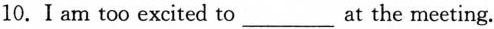
10.I am too excited to___at the meeting.